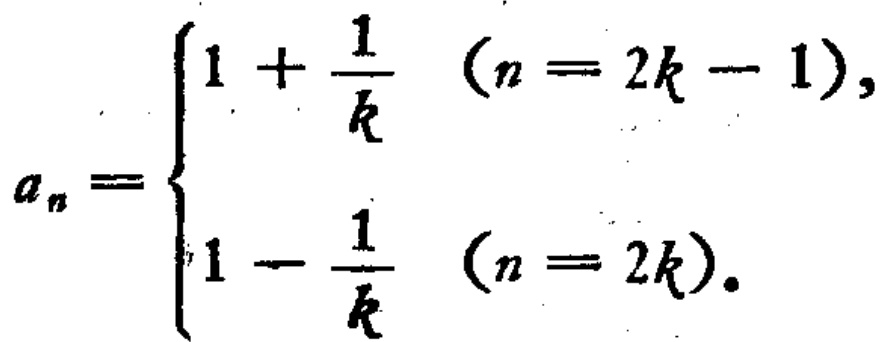
\[

a_{n}=

\begin{cases}

1+\dfrac{1}{k}&(n = 2k - 1),\\

1-\dfrac{1}{k}&(n = 2k).

\end{cases}

\]